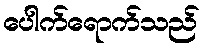
ပေါက်ရောက်သည်